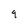
Character: 9